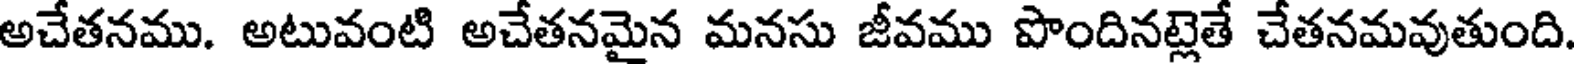
అచేతనము. అటువంటి అచేతనమైన మనసు జీవము పొందినట్లెతే చేతనమవుతుంది